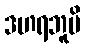
ဒဟရဘူမိ